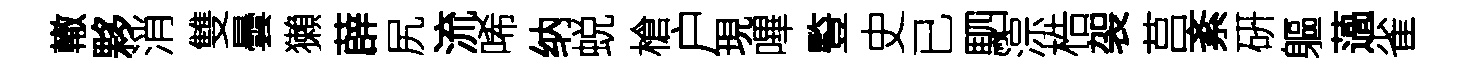
轍夥消雙曇獺薜尻流唏纳蜕槍户現嗶䜿史已駟淙梏袈莒紊硏軀薖雀